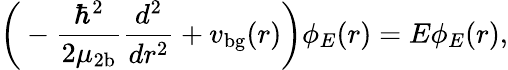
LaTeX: \bigg(-\frac{\hbar^{2}}{2\mu_{\mathrm{2b}}}\frac{d^{2}}{dr^{2}}+v_{\mathrm{bg}}(r)\bigg)\phi_{E}(r)=E\phi_{E}(r),